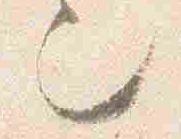
也